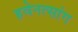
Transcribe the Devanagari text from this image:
हवेनत्सांग